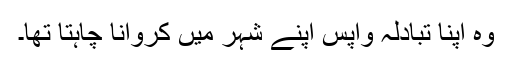
وہ اپنا تبادلہ واپس اپنے شہر میں کروانا چاہتا تھا۔